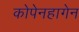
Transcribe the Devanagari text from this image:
कोपेनहागेन